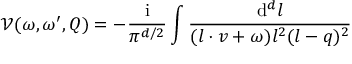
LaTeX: \mathcal { V } ( \omega , \omega ^ { \prime } , Q ) = - \frac { \mathrm { i } } { \pi ^ { d / 2 } } \int \frac { \mathrm { d } ^ { d } l } { ( l \cdot v + \omega ) l ^ { 2 } ( l - q ) ^ { 2 } }